Vaccination in Bombay 1874-1876 - 1874-1876
Year: 1874
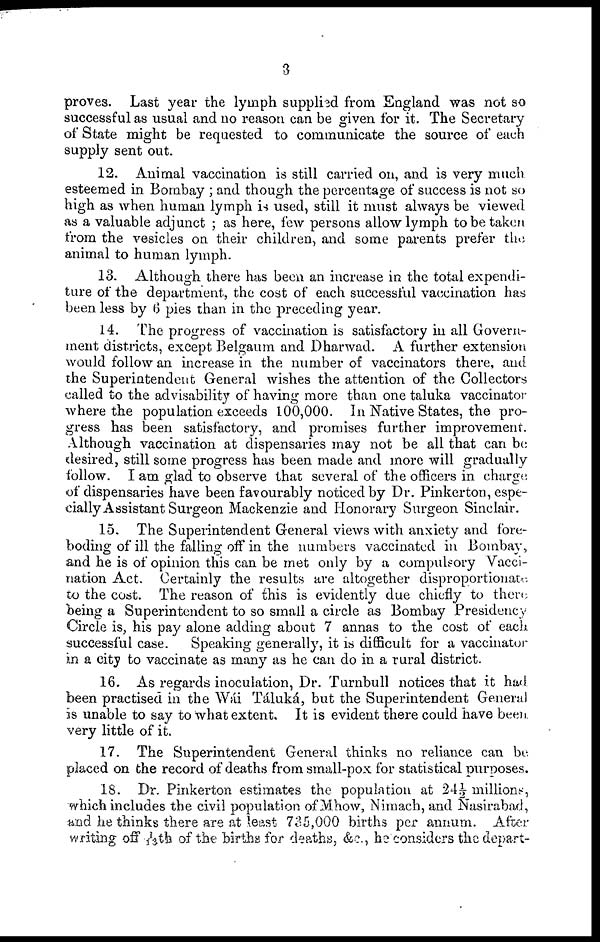
3
proves. Last year the lymph supplied from England was not so
successful as usual and no reason can be given for it. The Secretary
of State might be requested to communicate the source of each
supply sent out.
12. Animal vaccination is still carried on, and is very much
esteemed in Bombay ; and though the percentage of success is not so
high as when human lymph is used, still it must always be viewed
as a valuable adjunct ; as here, few persons allow lymph to be taken
from the vesicles on their children, and some parents prefer the
animal to human lymph.
13. Although there has been an increase in the total expendi-
ture of the department, the cost of each successful vaccination has
been less by 6 pies than in the preceding year.
14. The progress of vaccination is satisfactory in all Govern-
ment districts, except Belgaum and Dharwad. A further extension
would follow an increase in the number of vaccinators there, and
the Superintendent General wishes the attention of the Collectors
called to the advisability of having more than one taluka vaccinator
where the population exceeds 100,000. In Native States, the pro-
gress has been satisfactory, and promises further improvement.
Although vaccination at dispensaries may not be all that can be
desired, still some progress has been made and more will gradually
follow. I am glad to observe that several of the officers in charge
of dispensaries have been favourably noticed by Dr. Pinkerton, espe-
cially Assistant Surgeon Mackenzie and Honorary Surgeon Sinclair.
15. The Superintendent General views with anxiety and fore-
boding of ill the falling off in the numbers vaccinated in Bombay,
and he is of opinion this can be met only by a compulsory Vacci-
nation Act. Certainly the results are altogether disproportionate
to the cost. The reason of this is evidently due chiefly to there
being a Superintendent to so small a circle as Bombay Presidency
Circle is, his pay alone adding about 7 annas to the cost of each
successful case. Speaking generally, it is difficult for a vaccinator
in a city to vaccinate as many as he can do in a rural district.
16. As regards inoculation, Dr. Turnbull notices that it had
been practised in the Wái Táluká, but the Superintendent General
is unable to say to what extent. It is evident there could have been,
very little of it.
17. The Superintendent General thinks no reliance can be
placed on the record of deaths from small-pox for statistical purposes.
18. Dr. Pinkerton estimates the population at 24½ millions,
which includes the civil population of Mhow, Nimach, and Nasirabad,
and he thinks there are at least 735,000 births per annum. After
writing off 1/13th of the births for deaths, &c., he considers the depart-